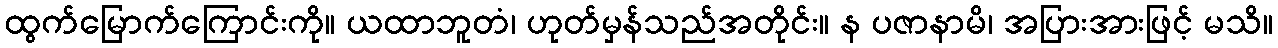
ထွက်မြောက်ကြောင်းကို။ ယထာဘူတံ၊ ဟုတ်မှန်သည်အတိုင်း။ န ပဇာနာမိ၊ အပြားအားဖြင့် မသိ။